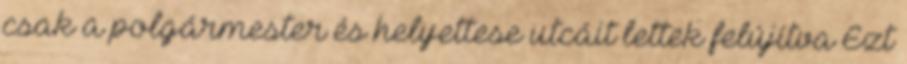
csak a polgármester és helyettese utcáit lettek felújítva Ezt